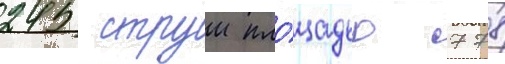
245 струи пло́щадью 778